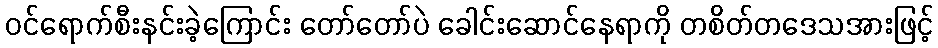
ဝင်ရောက်စီးနင်းခဲ့ကြောင်း တော်တော်ပဲ ခေါင်းဆောင်နေရာကို တစိတ်တဒေသအားဖြင့်